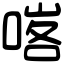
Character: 𠸉